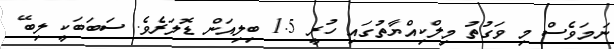
ނަމަވެސް މި ވަގުތު މިލްކިއްޔާތުގައި ހުރީ 1.5 ބިލިއަން ޑޮލަރެވެ. ސަބަބަކީ ލިބޭ